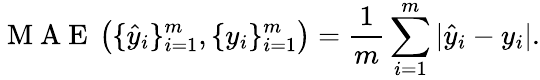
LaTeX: \mathrm{~M~A~E~}\left(\{ \hat{y}_{i}\} _{i=1}^{m},\{ y_{i}\} _{i=1}^{m}\right)=\frac{1}{m}\sum_{i=1}^{m}|\hat{y}_{i}-y_{i}|.